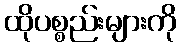
ထိုပစ္စည်းများကို